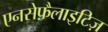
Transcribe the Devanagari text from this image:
एनसेफ़ैलाइटिज़